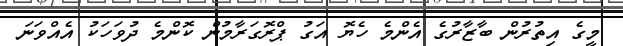
މީގެ އިތުރުން ބާޒާރުގެ އެންމެ ހެޔޮ އަގު ޕްރޮގަރާމުން ކޮންމެ ދުވަހަކު އެއްވަނަ